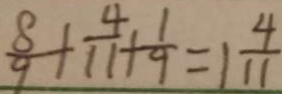
\frac { 8 } { 9 } + \frac { 4 } { 1 1 } + \frac { 1 } { 9 } = 1 \frac { 4 } { 1 1 }